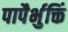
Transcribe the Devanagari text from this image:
पापैर्भुक्तिं